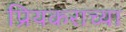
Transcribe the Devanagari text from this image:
प्रियकराच्या